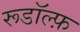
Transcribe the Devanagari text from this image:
रूडॉल्फ़